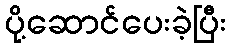
ပို့ဆောင်ပေးခဲ့ပြီး